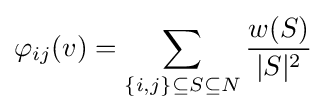
\varphi _{ij}(v)=\sum _{\{i,j\}\subseteq S\subseteq N}{\frac {w(S)}{|S|^{2}}}